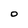
Character: O